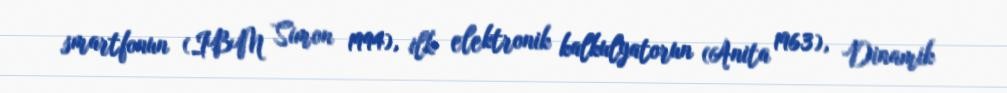
smartfonun (IBM Simon 1994), ilk elektronik kalkulyatorun (Anita 1963), Dinamik